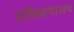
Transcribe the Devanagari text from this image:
प्रशिक्षणालय